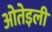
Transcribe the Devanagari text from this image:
ओतेइली